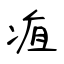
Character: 疽